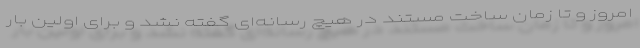
امروز و تا زمان ساخت مستند در هیچ رسانه‌ای گفته نشد و برای اولین بار